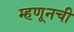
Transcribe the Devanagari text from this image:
म्हणूनची